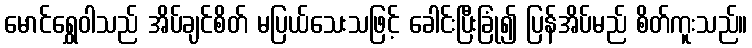
မောင်ရွှေဝါသည် အိပ်ချင်စိတ် မပြယ်သေးသဖြင့် ခေါင်းပြီးခြုံ၍ ပြန်အိပ်မည် စိတ်ကူးသည်။